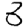
Digit: 3